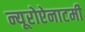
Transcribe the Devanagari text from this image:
न्यूरोऐनाटमी